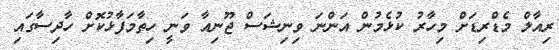
ރިއާލް މެޑްރިޑަށް މިހާރު ކުޅެމުން އަންނަ ވިނިޝަސް ޖޫނިއާ ވަނީ ހިތާމަފާޅުކޮށް ހާދިސާގައި